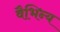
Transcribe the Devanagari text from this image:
वैभिन्य